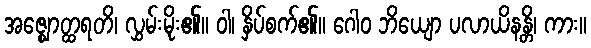
အဇ္ဈောတ္ထရတိ၊ လွှမ်းမိုး၏။ ဝါ၊ နှိပ်စက်၏။ ဂေါဝ ဘိယျော ပလာယိနန္တိ၊ ကား။